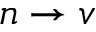
n \rightarrow v